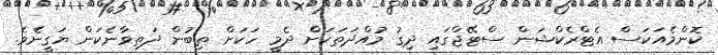
ކޮންމެއަކަސް އެޓްރެކްޝަން ސްޓޭޖްގައި ދިގު މުއްދަތަކަށް ދެމީ ހަކަށް ތިބުން ދަތިވާނެކަން ޔަގީނެވެ.